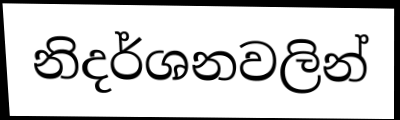
නිදර්ශනවලින්